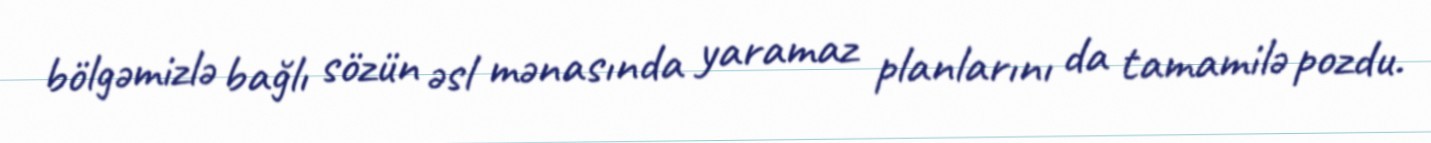
bölgəmizlə bağlı sözün əsl mənasında yaramaz planlarını da tamamilə pozdu.